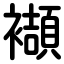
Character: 襭